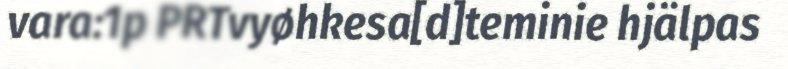
vara:1p PRTvyøhkesa[d]teminie hjälpas